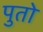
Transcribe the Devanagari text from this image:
पुतो